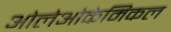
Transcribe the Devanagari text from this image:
ओलेओकेमिकल